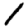
Digit: 1